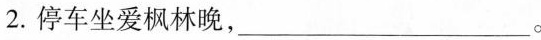
2.停车坐爱枫林晚，___。